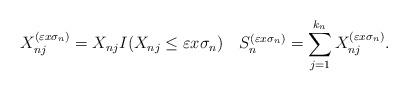
LaTeX: \begin{align*}X_{nj}^{(\varepsilon x\sigma_{n})}=X_{nj}I(X_{nj}\leq\varepsilon x\sigma_{n})\ \ \ S_{n}^{(\varepsilon x\sigma_{n})}=\sum_{j=1}^{k_{n}}X_{nj}^{(\varepsilon x\sigma_{n})}.\end{align*}